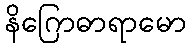
နိဂြောဓာရာမော